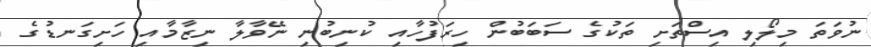
ނުވަތަ މިލޯލި އިސްތަށި ތަކުގެ ސަބަބުން ހިރަފުހާއި ކުނިބުނި ނޭވާލާ ނިޒާމާއި ހަށިގަނޑުގެ